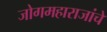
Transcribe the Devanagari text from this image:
जोगमहाराजांचे